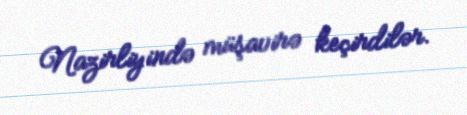
Nazirliyində müşavirə keçirdilər.